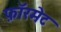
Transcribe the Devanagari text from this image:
फ़ॉरमेट